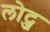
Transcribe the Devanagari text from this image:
लोट्ज